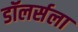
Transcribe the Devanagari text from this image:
डॉलर्सला